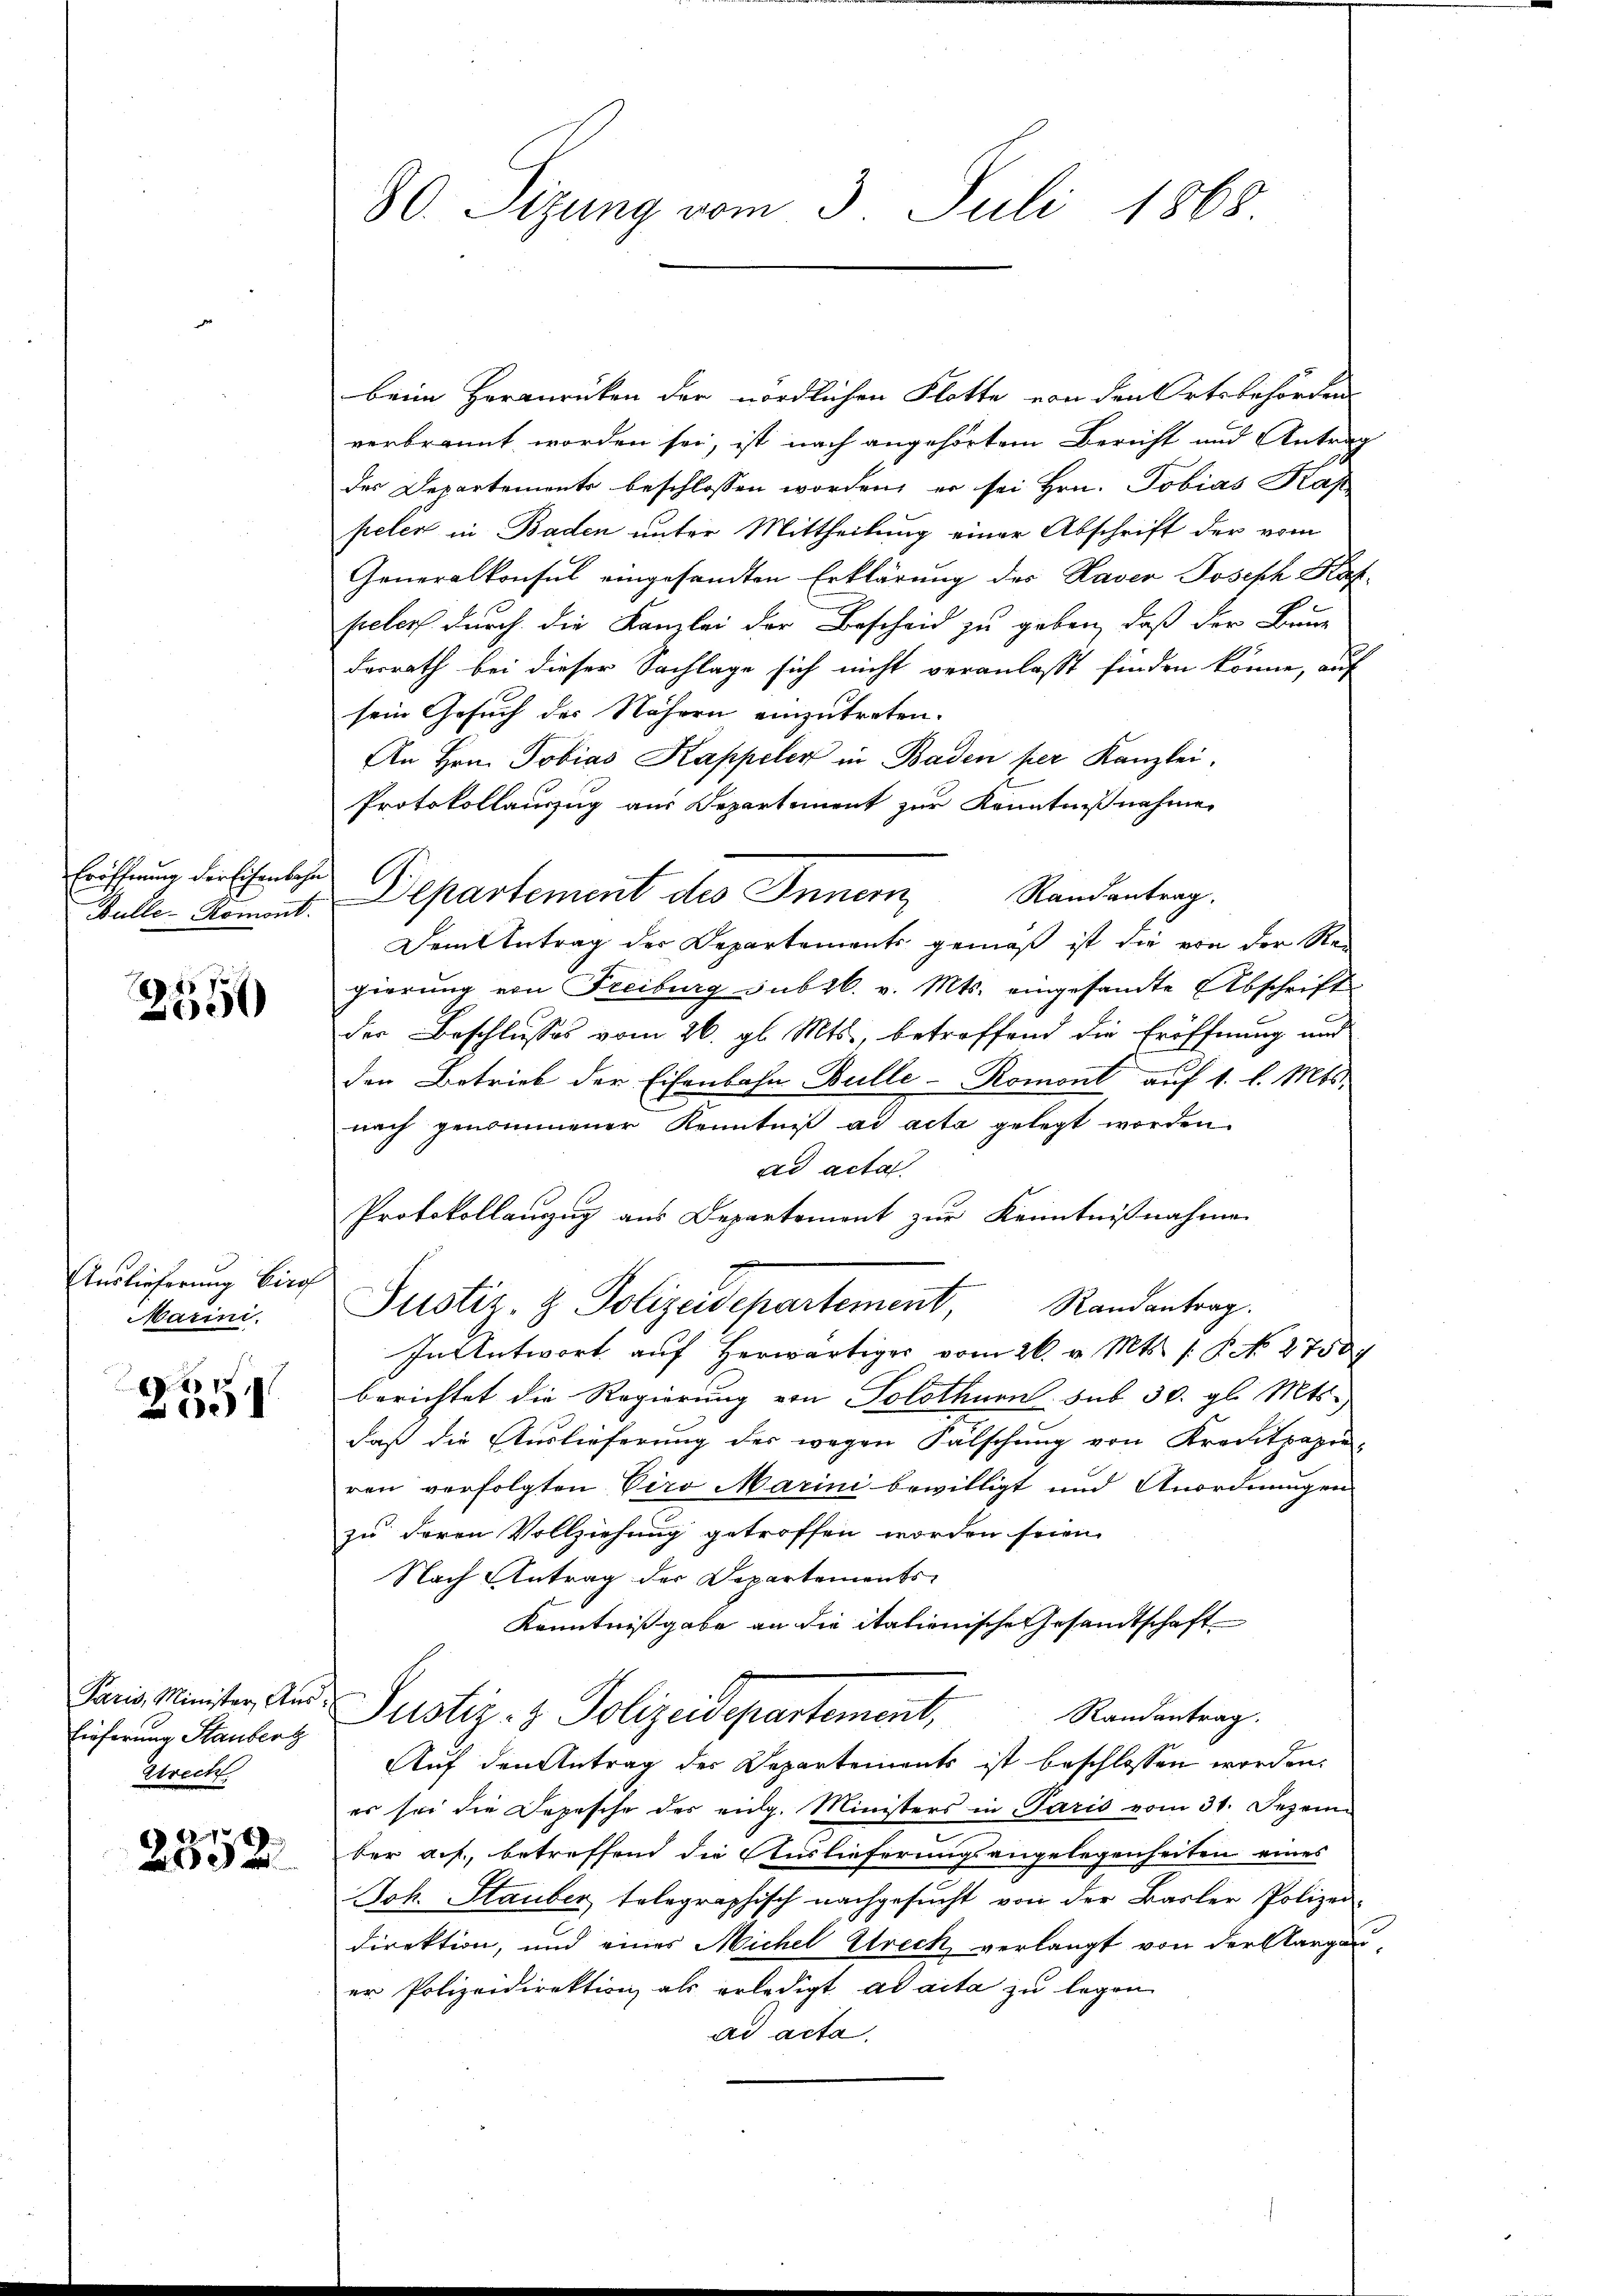
Eröffnung der Eisenbahn

1457
20

Auslieferung Birch
Marini.

20
0

Eieferung Stauberz
Strecht.

8
2052

30. Sitzung vom 3. Juli 1868.

beim Heranrücken der nördlichen Flotte von den Ortsbehörden
verbrannt worden sei, ist nach angehörtem Bericht und Antrag
des Departements beschlossen worden, er sei Hrn. Tobias Kap
peler in Baden unter Mittheilung einer Abschrift der vom
Generalkonsul eingesandten Erklärung des Kaver Joseph Haf-
pelers durch die Kanzlei der Bescheid zu geben, daß der Baue
derrath bei dieser Sachlage sich nicht veranlaßt finden könne, auf
sein Gesuch der Nähern einzutreten.
An Hrn. Tobias Kappeler in Baden per Kanzlei.
Protokollauszug aus Separtement zur Kenntnißnahme,
Bulle Remont. Departement des Innern, Randantrag.
Dem Antrag der Departements gemäß ist die von der Regierung von Freiburg sub 26. v. Mts. eingesandte Abschrift
der Beschlusses vom 26. gl. Mts., betreffend die Eröffnung und
den Betrieb der Eisenbahn Bulle - Romont auf 1. l. Mts.
nach genommener Kenntniß ad acta gelegt worden.
ad acta
Protokollauzug aus Departemont zur Kenntnißnahme
Justiz- & Polizeidepartement, Randantrag
In Antwort auf herwärtiger vom 26. v. Mts. 1. P. No 2750
berichtet die Regierung von Solothurn sub 30. gl. Mts.
daß die Auslieferung der wegen Fälschung von Krautpapieren verfolgten Viro Marini bewilligt und Anordnungen
zu deren Vollziehung getroffen worden seien.
Nach Antrag der Departements-
Kenntnißgabe an die italienische Gesandtschaft
Paris Minister, And. Justiz- & Polizeidepartement,
Randantrag.
Auf den Antrag der Departements ist beschlossen worden.
er sei die Depesche der eidg. Ministers in Paris vom 31. Dezem
ber auf, betreffend die Auslieferungsangelegenheiten eines
Joh. Stauber, telegraphisch nachgesucht von der Basler Polizei-
Direktion, und eines Michel Streck verlangt von der Aargau,
er Polizeidirektion als erledigt ad acta zu legen
ad acta.